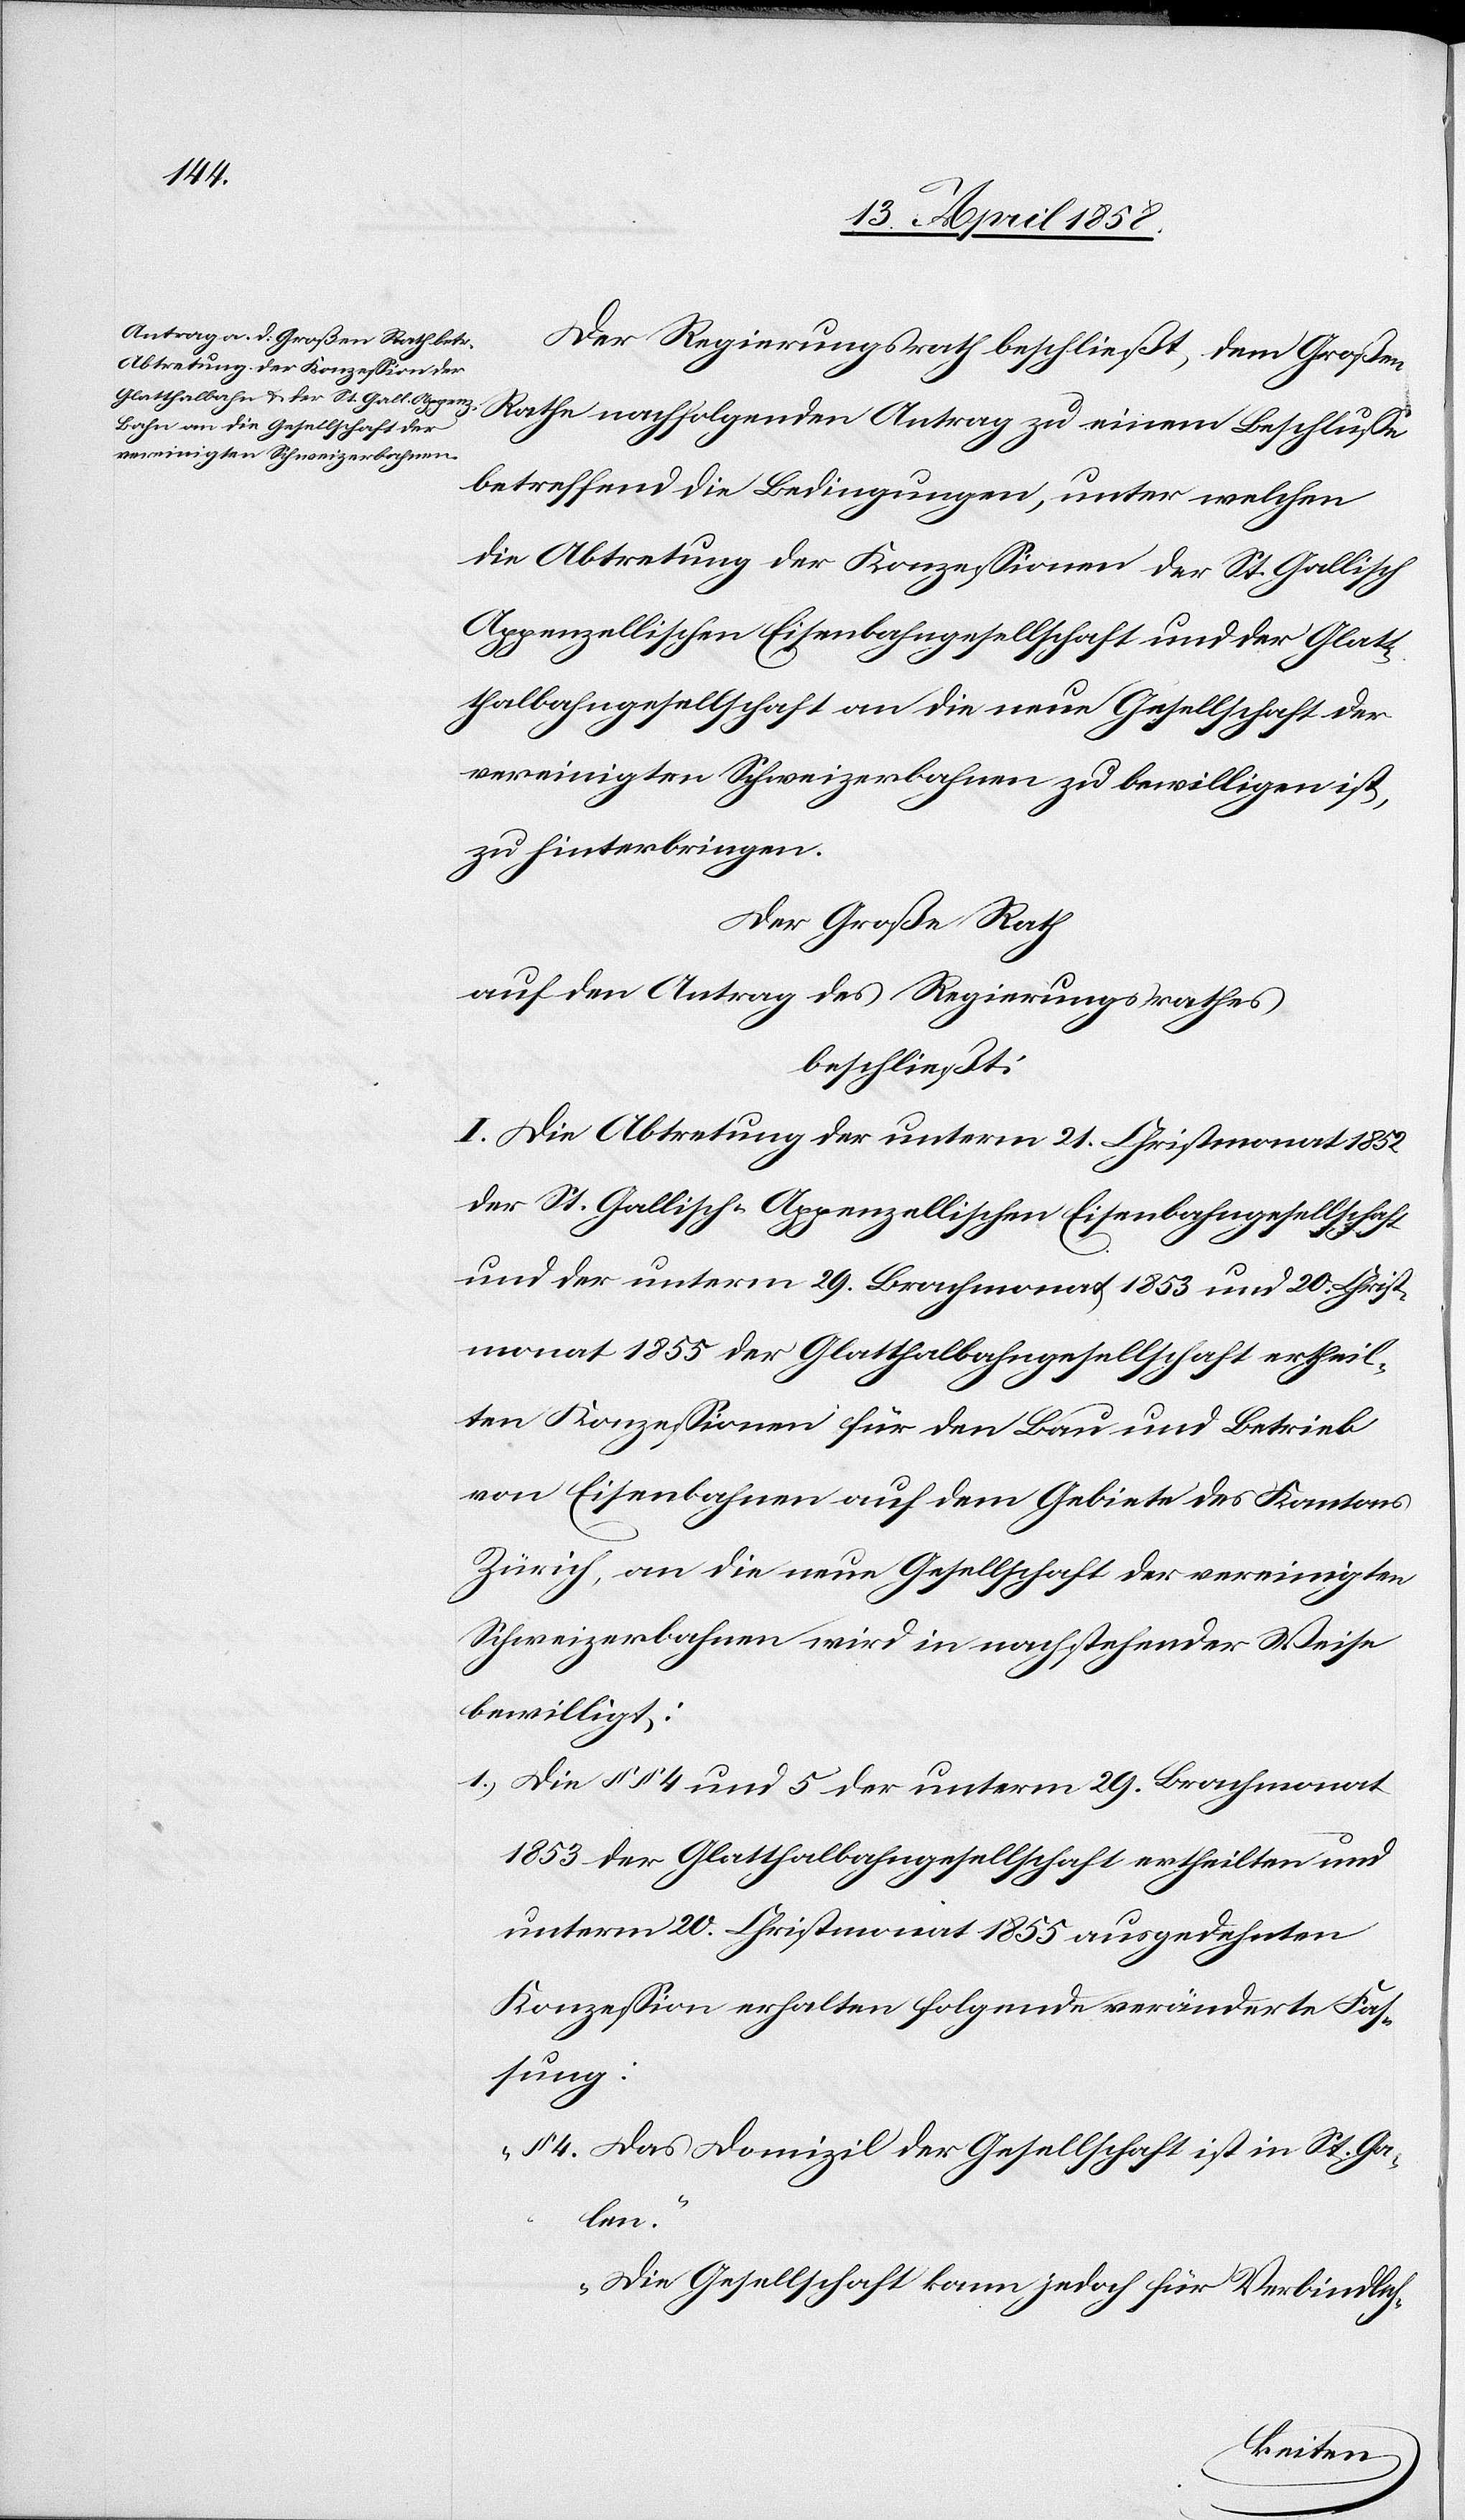
Der Regierungsrath beschließt, dem Großen
Beschlusse
betreffend die Bedingungen, unter welchen
die Abtretung der Konzessionen der St. Gallisch
Appenzellischen Eisenbahngesellschaft und der Glatt¬
thalbahngesellschaft an die neue Gesellschaft der
vereinigten Schweizerbahnen zu bewilligen ist,
zu hinterbringen.
Der Große Rath
auf den Antrag des Regierungsrathes
beschließt:
I. Die Abtretung der unterm 21. Christmonat 1852
der St. Gallisch-Appenzellischen Eisenbahngesellschaft
und der unterm 29. Brachmonat 1853 und 20. Christ¬
monat 1855 der Glatthalbahngesellschaft ertheil¬
ten Konzessionen für den Bau und Betrieb
von Eisenbahnen auf dem Gebiete des Kantons
Zürich, an die neue Gesellschaft der vereinigten
Schweizerbahnen wird in nachstehender Weise
bewilligt:
1.) Die §§ 4 und 5 der unterm 29. Brachmonat
1853 der Glatthalbahngesellschaft ertheilten und
unterm 20. Christmonat 1855 ausgedehnten
Konzession erhalten folgende veränderte Fas¬
sung:
„§ 4. Das Domizil der Gesellschaft ist in St. Ga¬
llen.
Die Gesellschaft kann jedoch für Verbindlich-